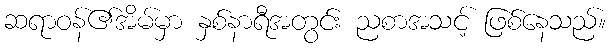
ဆရာဝန်၏အိမ်မှာ နှစ်နာရီအတွင်း ညစာအသင့် ဖြစ်နေသည်။